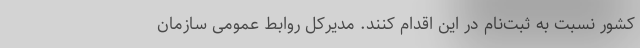
کشور نسبت به ثبت‌نام در این اقدام کنند. مدیرکل روابط عمومی سازمان